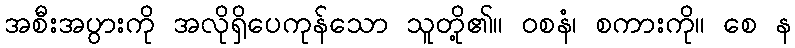
အစီးအပွားကို အလိုရှိပေကုန်သော သူတို့၏။ ဝစနံ၊ စကားကို။ စေ န